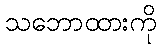
သဘောထားကို